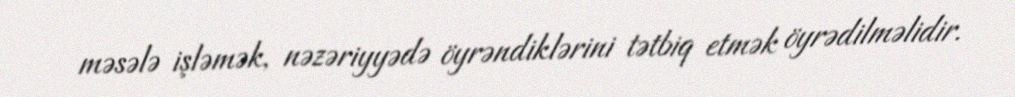
məsələ işləmək, nəzəriyyədə öyrəndiklərini tətbiq etmək öyrədilməlidir.